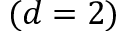
( d = 2 )